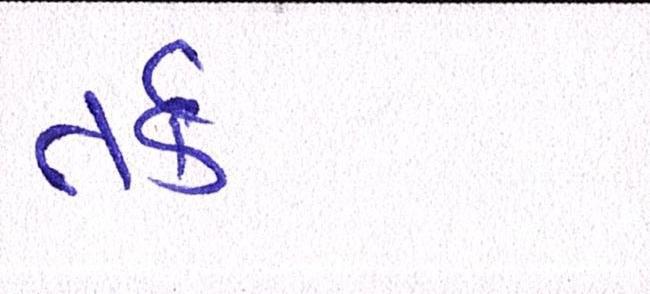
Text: તર્ક